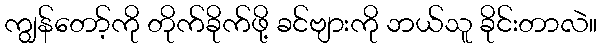
ကျွန်တော့်ကို တိုက်ခိုက်ဖို့ ခင်ဗျားကို ဘယ်သူ ခိုင်းတာလဲ။